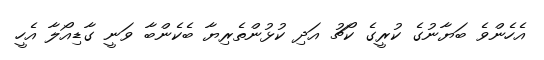
އެހެންވެ ބަޔާނުގެ ކުރީގެ ކޯޗު އަދި ކުޅުންތެރިޔާ ބެކެންބާ ވަނީ ގާޑިއޯލާ އެހީ